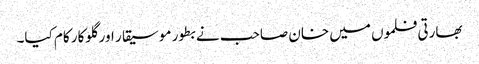
بھارتی فلموں میں خان صاحب نے بطور موسیقار اور گلوکار کام کیا۔